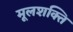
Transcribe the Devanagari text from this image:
मूलशक्ति